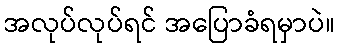
အလုပ်လုပ်ရင် အပြောခံရမှာပဲ။